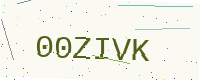
Text: 00ZIVK